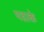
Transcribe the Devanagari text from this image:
पडाके